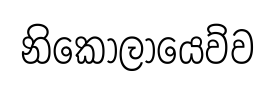
නිකොලායෙව්ව